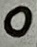
Text: 0